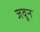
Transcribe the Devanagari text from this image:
जवून